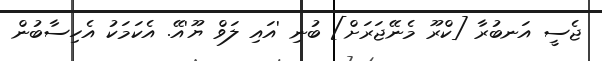
ޖެސީ އަނބުރާ [ކްރޫ މެނޭޖަރަށް] ބުނި 'އައި ލަވް ޔޫ'އޭ. އެކަމަކު އެހިސާބުން